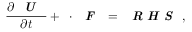
\frac { \partial \textbf { \emph { U } } } { \partial t } + \mathbf { \nabla } \cdot \textbf { \emph { F } } = \textbf { \emph { R H S } } ,